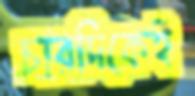
চারদিকেই